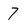
Character: 7